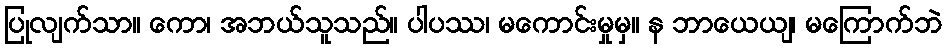
ပြုလျက်သာ။ ကော၊ အဘယ်သူသည်။ ပါပဿ၊ မကောင်းမှုမှ။ န ဘာယေယျ၊ မကြောက်ဘဲ